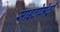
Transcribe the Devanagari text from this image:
साइटोमेट्री